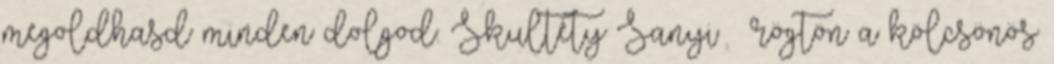
megoldhasd minden dolgod. Skultéty Sanyi – rögtön a kölcsönös